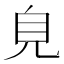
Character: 𧠆